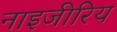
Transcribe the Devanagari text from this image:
नाइजीरिय